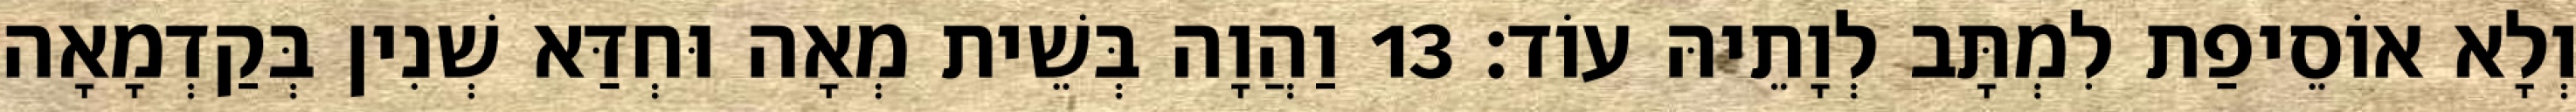
וְלָא אוֹסֵיפַת לִמְתָּב לְוָתֵיהּ עוֹד׃ 13 וַהֲוָה בְּשֵׁית מְאָה וּחְדַּא שְׁנִין בְּקַדְמָאָה